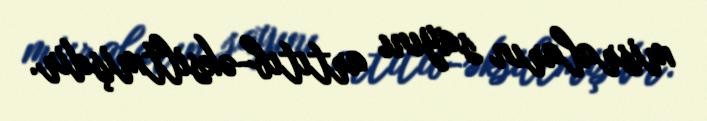
misraların sayını artıtıb-əksiltmişdir.